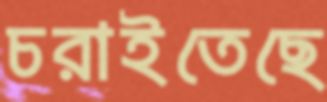
চরাইতেছে